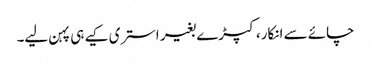
چائے سے انکار، کپڑے بغیر استری کیے ہی پہن لیے۔